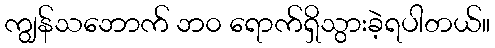
ကျွန်သဘောက် ဘ၀ ရောက်ရှိသွားခဲ့ရပါတယ်။